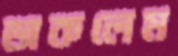
ডাকলেম